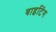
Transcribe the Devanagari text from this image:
बाइटिंग